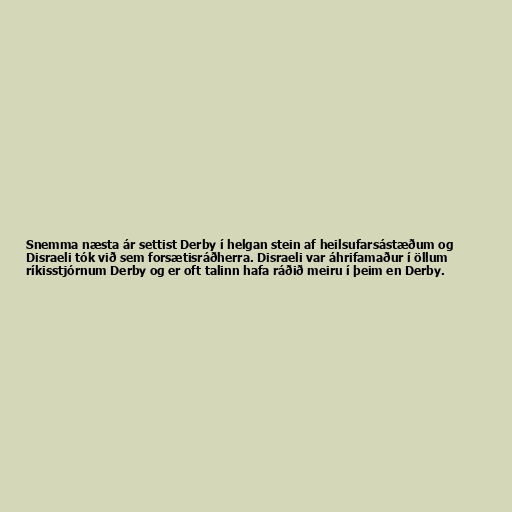
Snemma næsta ár settist Derby í helgan stein af heilsufarsástæðum og
Disraeli tók við sem forsætisráðherra. Disraeli var áhrifamaður í öllum
ríkisstjórnum Derby og er oft talinn hafa ráðið meiru í þeim en Derby.